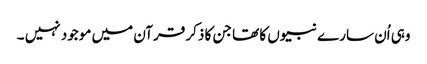
وہی اُن سارے نبیوں کا تھا جن کا ذکر قرآن میں موجود نہیں ۔